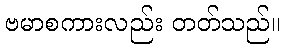
ဗမာစကားလည်း တတ်သည်။